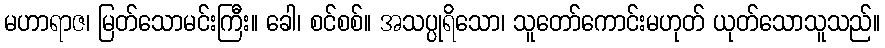
မဟာရာဇ၊ မြတ်သောမင်းကြီး။ ခေါ၊ စင်စစ်။ အသပ္ပုရိသော၊ သူတော်ကောင်းမဟုတ် ယုတ်သောသူသည်။